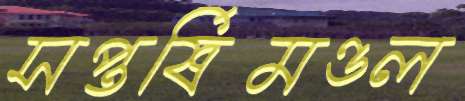
সপ্তর্ষিমণ্ডল